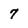
Character: 7